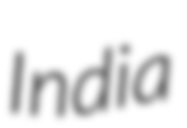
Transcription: India